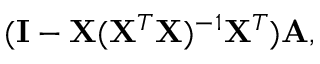
( \mathbf { I } - \mathbf { X } ( \mathbf { X } ^ { T } \mathbf { X } ) ^ { - 1 } \mathbf { X } ^ { T } ) \mathbf { A } ,